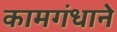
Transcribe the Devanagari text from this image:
कामगंधाने